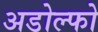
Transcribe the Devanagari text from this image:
अडोल्फो